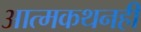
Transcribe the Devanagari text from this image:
आत्मकथनही